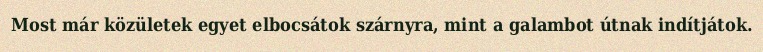
Most már közületek egyet elbocsátok szárnyra, mint a galambot útnak indítjátok.